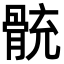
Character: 𩩁